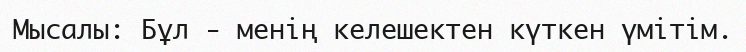
Мысалы: Бұл - менің келешектен күткен үмітім.